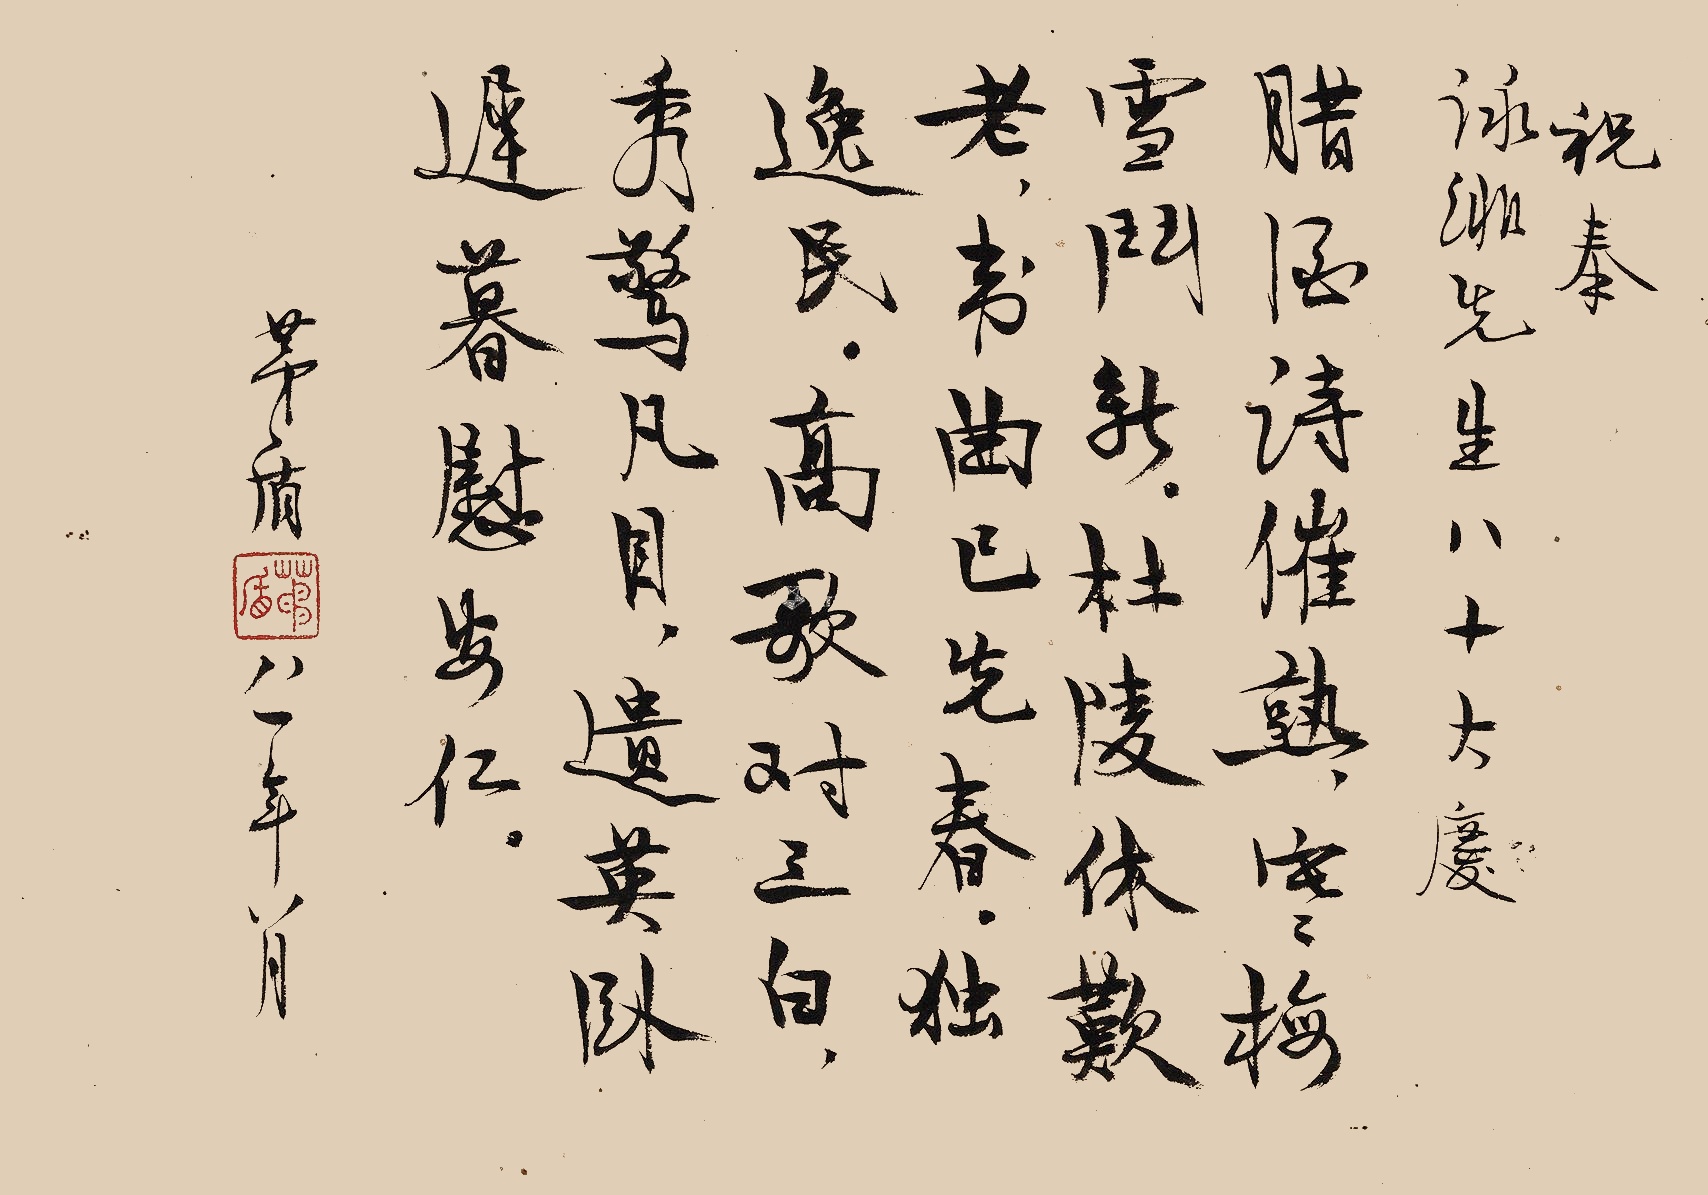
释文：腊酒诗催熟，寒梅雪斗新。杜陵休叹老，韦曲已先春。独秀惊凡目，遗英卧逸民。高歌对三白，迟暮慰安仁。祝奉咏绯先生八十大庆。茅盾八一年八月。